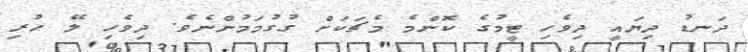
ދަނޑު ދިޔައީ ދިވެހި ޓީމުގެ ކޮންމެ މެޗަކަށް ގުގުމަމުންނެވެ. ދިވެހި ލޭ ހުރި